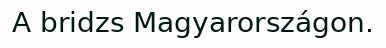
A bridzs Magyarországon.